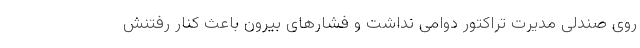
روی صندلی مدیرت تراکتور دوامی نداشت و فشارهای بیرون باعث کنار رفتنش